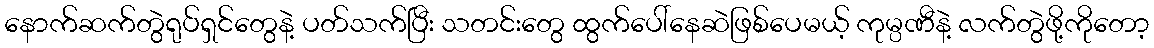
နောက်ဆက်တွဲရုပ်ရှင်တွေနဲ့ ပတ်သက်ပြီး သတင်းတွေ ထွက်ပေါ်နေဆဲဖြစ်ပေမယ့် ကုမ္ပဏီနဲ့ လက်တွဲဖို့ကိုတော့